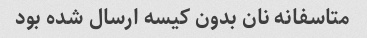
متاسفانه نان بدون کیسه ارسال شده بود